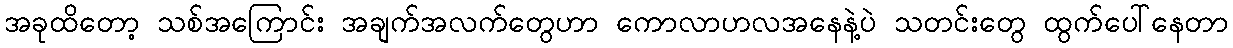
အခုထိတော့ သစ်အကြောင်း အချက်အလက်တွေဟာ ကောလာဟလအနေနဲ့ပဲ သတင်းတွေ ထွက်ပေါ်နေတာ